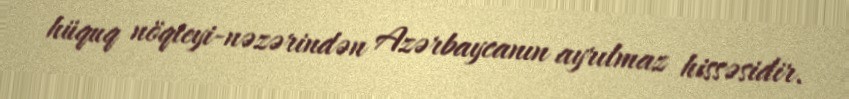
hüquq nöqteyi-nəzərindən Azərbaycanın ayrılmaz hissəsidir.